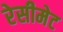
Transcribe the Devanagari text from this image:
रेसीमेट